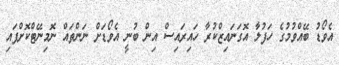
އެވޯޑު ބޭއްވުމުގެ ހަފުލާ އޮގަނައިޒްކުރާ ހައިރައިސް އިން ބުނީ އެވޯޑަށް ނަންތައް ނޮމިނޭޓްކޮށްފައި